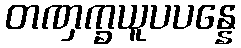
တဏှက္ခယူပပန္နေ